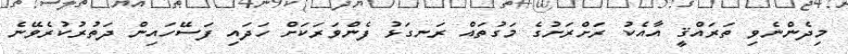
މިދެންނެވި ތަރައްޤީ އާއެކު ރަށްރަށުގެ މަގުތައް ރަނގަޅު ފެންވަރަކަށް ހަދައި ފަސޭހައިން ދަތުރުކުރެވޭނެ